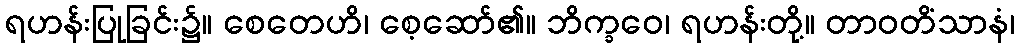
ရဟန်းပြုခြင်း၌။ စေတေဟိ၊ စေ့ဆော်၏။ ဘိက္ခဝေ၊ ရဟန်းတို့။ တာဝတိံသာနံ၊